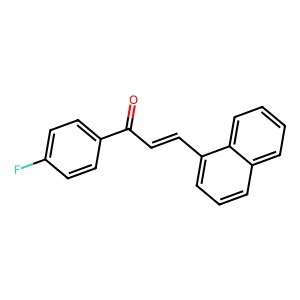
SMILES: O=C(C=Cc1cccc2ccccc12)c1ccc(F)cc1
Inhibits HIV replication: No